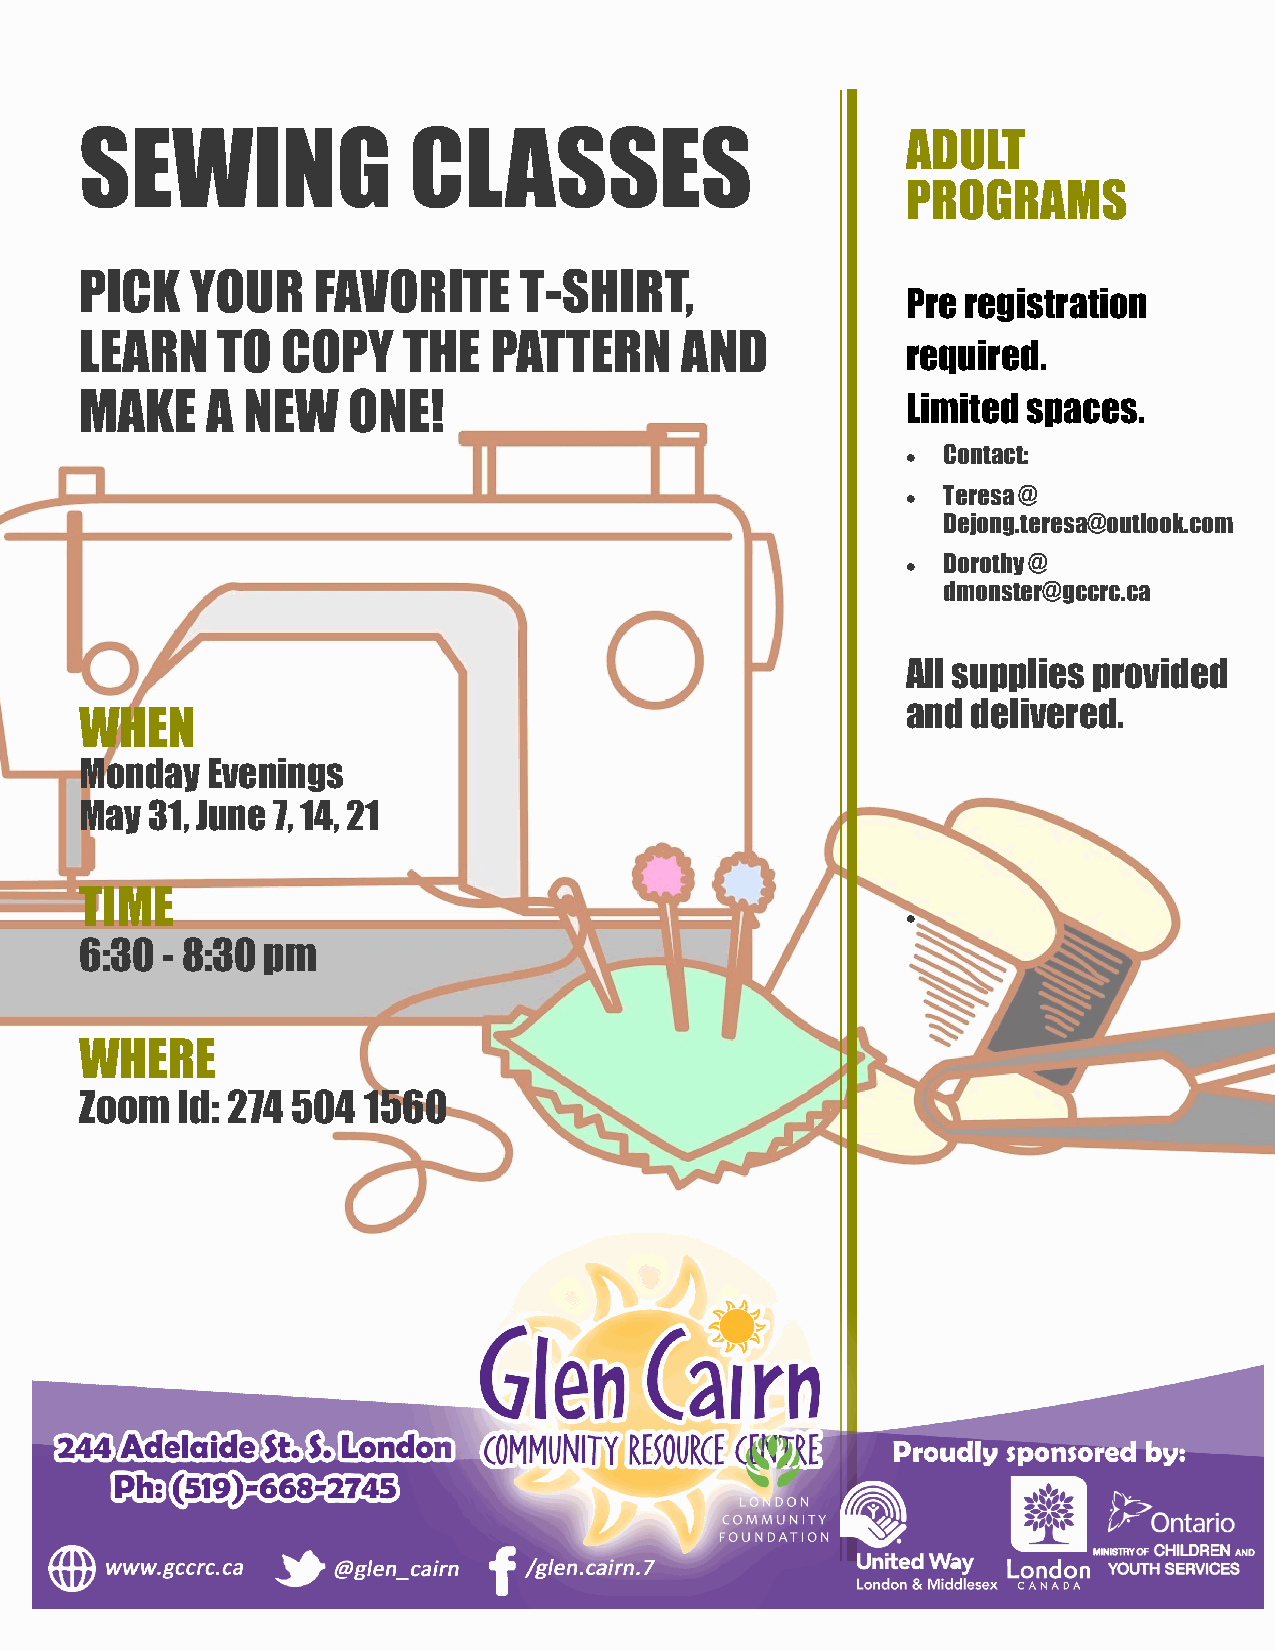
SEWING                CLASSES
 ADULT
 PROGRAMS
 PICK    YOUR    FAVORITE     T-SHIRT,
 Pre registration
 LEARN    TO   COPY    THE  PATTERN      AND
 required.
 MAKE     A NEW    ONE!                                 Limited spaces.
  Contact:
  Teresa @
 Dejong.teresa@outlook.com
  Dorothy @
 dmonster@gccrc.ca
 All supplies provided
 and delivered.
 WHEN
 Monday   Evenings
 May  31, June 7, 14, 21
 TIME
 
 6:30  - 8:30 pm
 WHERE
 Zoom   Id: 274 504 1560